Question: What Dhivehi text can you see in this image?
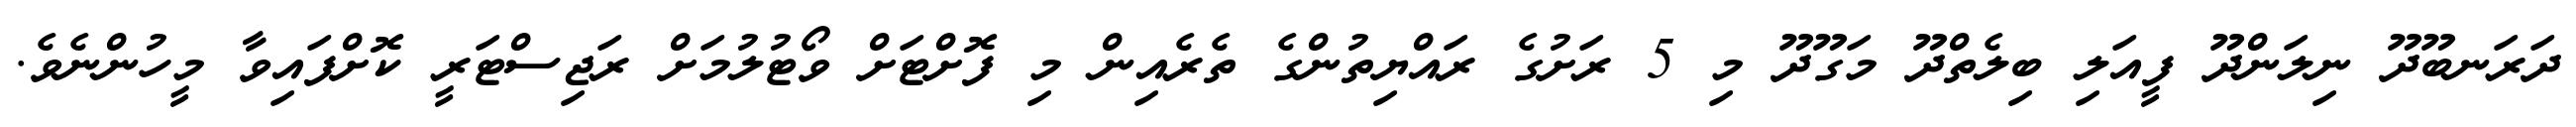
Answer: ދަރަނބޫދޫ ނިލަންދޫ ފީއަލި ބިލެތްދޫ މަގޫދޫ މި 5 ރަށުގެ ރައްޔިތުންގެ ތެރެއިން މި ފޮށްޓަށް ވޯޓުލުމަށް ރަޖިސްޓަރީ ކޮށްފައިވާ މީހުންނެވެ.